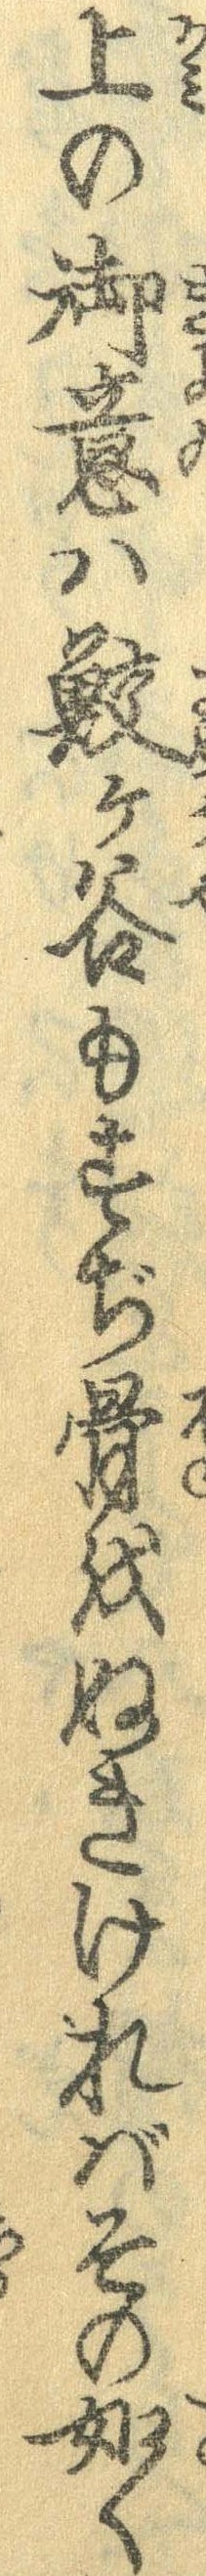
上の御意は鮫ケ谷もすぢ骨をぬきければその如く